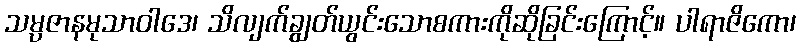
သမ္ပဇာနမုသာဝါဒေ၊ သိလျက်ချွတ်ယွင်းသောစကားကိုဆိုခြင်းကြောင့်။ ပါရာဇိကော၊